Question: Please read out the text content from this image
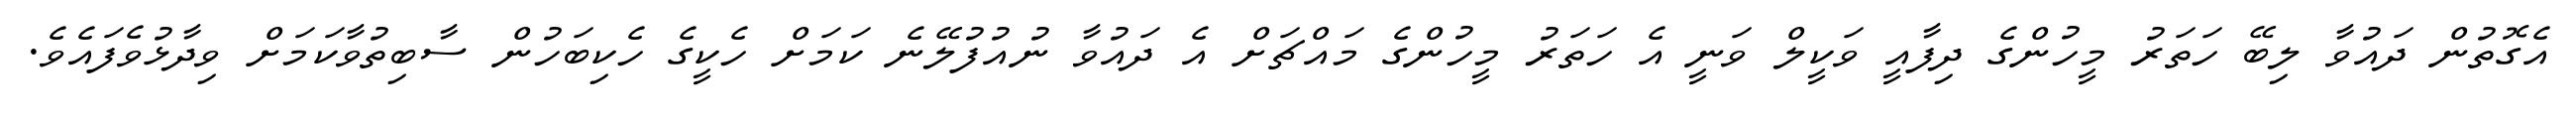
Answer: އެގޮތުން ދައުވާ ލިބޭ ހަތަރު މީހުންގެ ދިފާއީ ވަކީލް ވަނީ އެ ހަތަރު މީހުންގެ މައްޗަށް އެ ދައުވާ ނުއުފުލޭނެ ކަމަށް ހެކީގެ ހެކިބަހުން ސާބިތުވާކަމަށް ވިދާޅުވެފައެވެ.